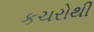
કચરોથી